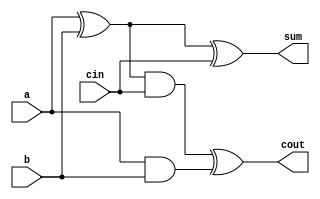
// 4 bit ripple carry full adder implementation
// using gates only
// diagriams in the book

module FA(sum,cout,a,b,cin);
    output sum, cout;
    input a,b, cin;

    wire s1,c1,c2;

    xor (s1,a,b);
    and (c1,a,b);

    xor (sum, s1,cin);
    and (c2,s1,cin);

    xor (cout,c2,c1);
    
endmodule

module FA4(sum,cout,a,b,cin);
    output [3:0] sum;
    output cout;
    input [3:0] a,b;
    input cin;

    wire c1,c2,c3;

    FA fa0(sum[0],c1,a[0],b[0],cin);
    FA fa1(sum[1],c2,a[1],b[1],c1);
    FA fa2(sum[2],c3,a[2],b[2],c2);
    FA fa3(sum[3],cout,a[3],b[3],c3);

endmodule

module stimulus;
    reg [3:0] A,B;
    reg Cin;
    wire [3:0] Sum;
    wire Cout;

    FA4 fa1_4(Sum, Cout, A, B, Cin);
    initial
    begin
        $monitor($time, " A = %b, B = %b, Cin = %b, --- Cout = %b, SUM = %b\n",A,B,Cin,Cout,Sum);
    end

    initial
    begin
        A = 4'd0; B = 4'd0; Cin = 1'b0;

        #5 A = 4'd3; B = 4'd4;
        #5 A = 4'd2; B = 4'd5;
        #5 A = 4'd9; B = 4'd9;
        #5 A = 4'd10; B = 4'd15;
        #5 A = 4'd10; B = 4'd5; Cin = 1'b1;

    end

endmodule